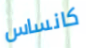
كانساس